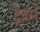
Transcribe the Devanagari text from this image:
ट्रॅवर्स